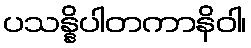
ပသန္နိပါတကာနိဝါ၊